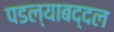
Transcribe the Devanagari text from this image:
पडल्याबद्दल